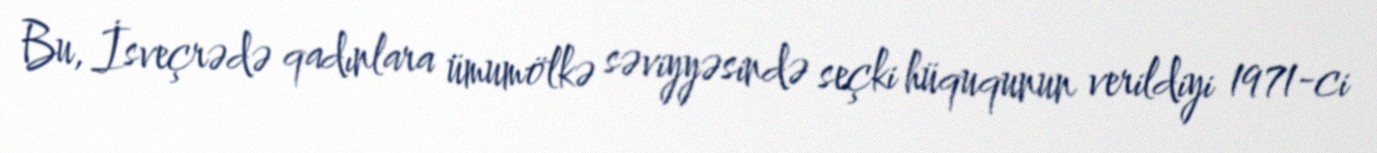
Bu, İsveçrədə qadınlara ümumölkə səviyyəsində seçki hüququnun verildiyi 1971-ci